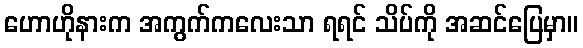
ဟောဟိုနားက အကွက်ကလေးသာ ရရင် သိပ်ကို အဆင်ပြေမှာ။